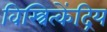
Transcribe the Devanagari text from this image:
विस्त्रित्केंद्रिय